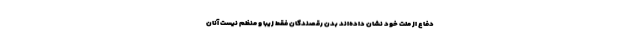
دفاع از ملت خود نشان داده‌اند بدن رقصندگان فقط زیبا و منظم نیست آنان